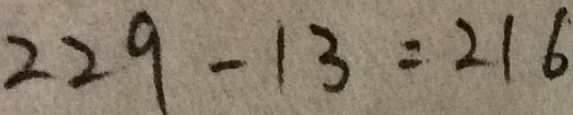
2 2 9 - 1 3 = 2 1 6